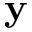
\mathbf { y }